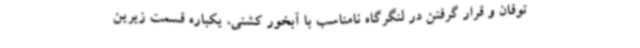
توفان و قرار گرفتن در لنگرگاه نامناسب با آبخور کشتی، یکباره قسمت زیرین